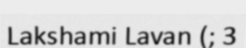
Lakshami Lavan (; 3